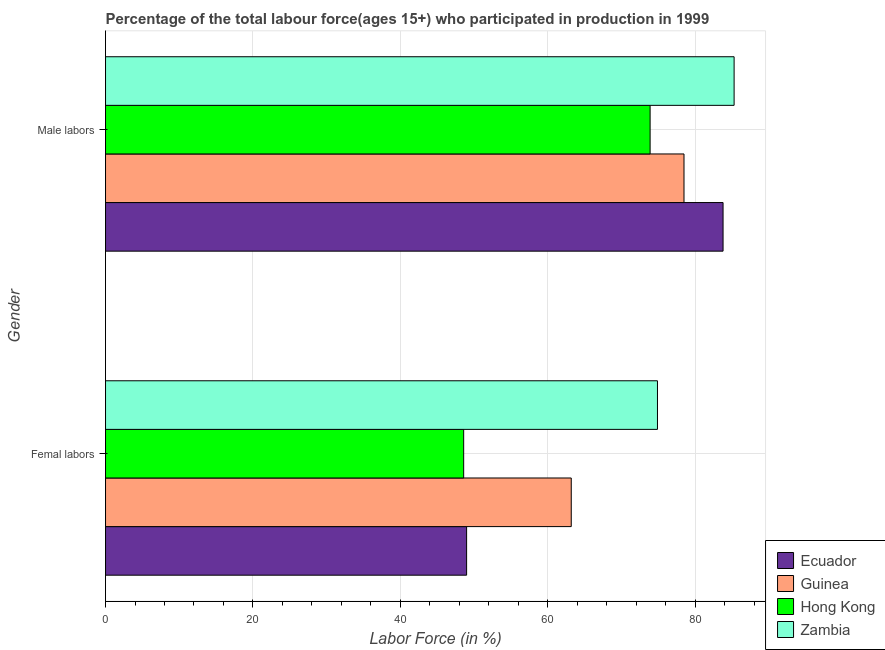
| Gender | Ecuador | Guinea | Hong Kong | Zambia |
 | --- | --- | --- | --- | --- |
 | Femal labors | 49 | 63.2 | 48.6 | 74.9 |
 | Male labors | 83.8 | 78.5 | 73.9 | 85.3 |